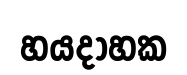
හයදාහක